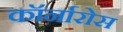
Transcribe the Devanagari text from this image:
कॉर्नारोस